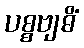
ပစ္စဗျဓိံ